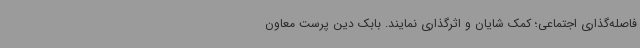
فاصله‌گذاری اجتماعی؛ کمک شایان و اثرگذاری نمایند. بابک دین پرست معاون